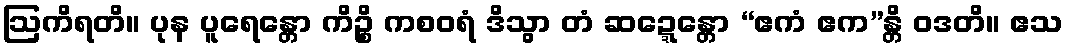
ဩကိရတိ။ ပုန ပူရေန္တော ကိဉ္စိ ကစဝရံ ဒိသွာ တံ ဆဍ္ဍေန္တော “ဧကံ ဧက”န္တိ ဝဒတိ။ ဧသ